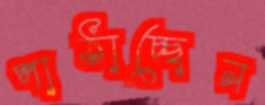
পাঠাচ্ছেন